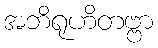
အဘိရုဟိတဗ္ဗာ